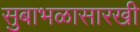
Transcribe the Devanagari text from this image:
सुबाभळासारखी